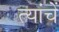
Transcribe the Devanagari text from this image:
त्यांचेेें